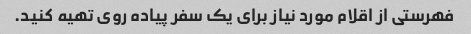
فهرستی از اقلام مورد نیاز برای یک سفر پیاده روی تهیه کنید.